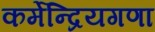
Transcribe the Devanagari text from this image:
कर्मेन्द्रियगणा